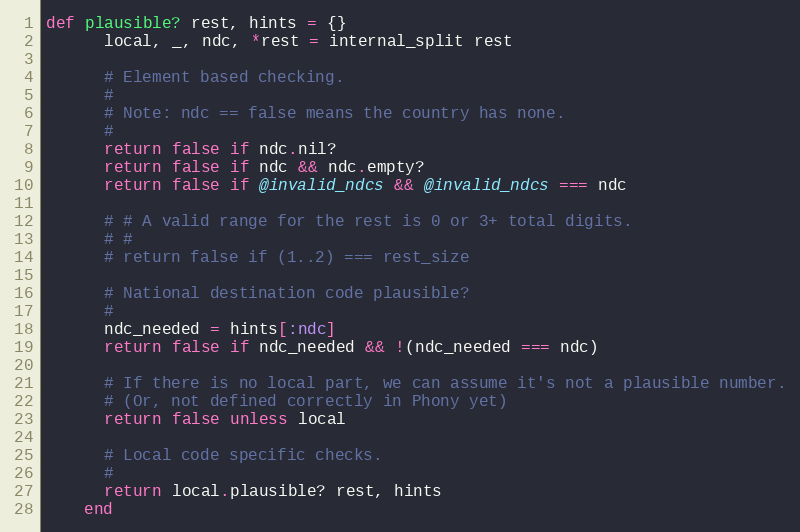
Language: Ruby
def plausible? rest, hints = {}
      local, _, ndc, *rest = internal_split rest

      # Element based checking.
      #
      # Note: ndc == false means the country has none.
      #
      return false if ndc.nil?
      return false if ndc && ndc.empty?
      return false if @invalid_ndcs && @invalid_ndcs === ndc

      # # A valid range for the rest is 0 or 3+ total digits.
      # #
      # return false if (1..2) === rest_size

      # National destination code plausible?
      #
      ndc_needed = hints[:ndc]
      return false if ndc_needed && !(ndc_needed === ndc)

      # If there is no local part, we can assume it's not a plausible number.
      # (Or, not defined correctly in Phony yet)
      return false unless local

      # Local code specific checks.
      #
      return local.plausible? rest, hints
    end